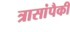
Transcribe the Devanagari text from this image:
त्रासांपैकी